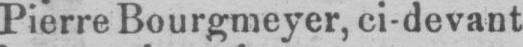
Pierre Bourgmeyer, ci-devant